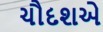
ચૌદશએ